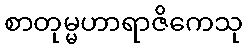
စာတုမ္မဟာရာဇိကေသု